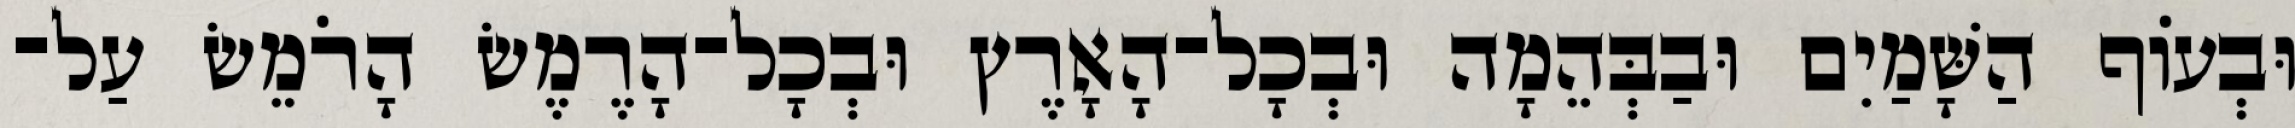
וּבְעֹוף הַשָּׁמַיִם וּבַבְּהֵמָה וּבְכָל־הָאָרֶץ וּבְכָל־הָרֶמֶשׂ הָרֹמֵשׂ עַל־